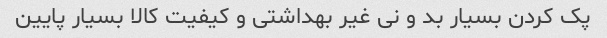
پک کردن بسیار بد و نی غیر بهداشتی و کیفیت کالا بسیار پایین